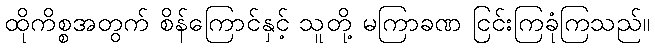
ထိုကိစ္စအတွက် စိန်ကြောင်နှင့် သူတို့ မကြာခဏ ငြင်းကြခုံကြသည်။